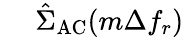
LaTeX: \begin{array}{rl}{~}&{{}\hat{\Sigma}_{\mathrm{AC}}(m\Delta f_{r})}\end{array}